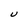
Character: U